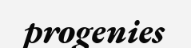
progenies